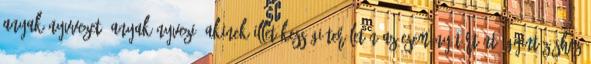
anyakönyvvezető anyakönyvezi, akinek illetékességi területén az esemény történt Ügyintézéshez